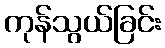
ကုန်သွယ်ခြင်း